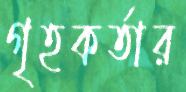
গৃহকর্তার